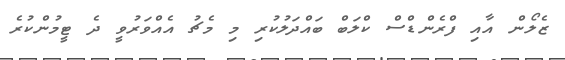
ޒެލޯން އާއި ފްރެންޑްސް ކްލަބް ބައްދަލުކުރި މި މެޗު އެއްވަރުވީ ދެ ޓީމުންކުރެ